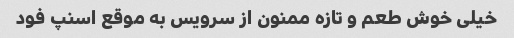
خیلی خوش طعم و تازه ممنون از سرویس به موقع اسنپ فود